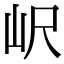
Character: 𡵸